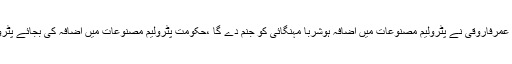
2015ء) مسلم لیگ (ق) کی رکن صوبائی اسمبلی خدیجہ عمرفاروقی نے پٹرولیم مصنوعات میں اضافہ ہوشربا مہنگائی کو جنم دے گا ،حکومت پٹرولیم مصنوعات میں اضافہ کی بجائے پٹرولیم لیوی سرچارج اور جنرل سیلز ٹیکس کا خاتمہ کرے۔